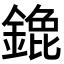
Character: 𬫹